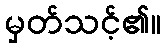
မှတ်သင့်၏။